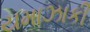
યમાઝાકી